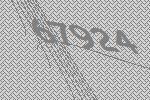
67924